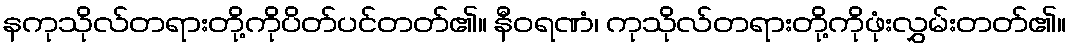
နကုသိုလ်တရားတို့ကိုပိတ်ပင်တတ်၏။ နီဝရဏံ၊ ကုသိုလ်တရားတို့ကိုဖုံးလွှမ်းတတ်၏။